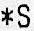
*S